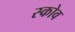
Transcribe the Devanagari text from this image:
स्‍कोव